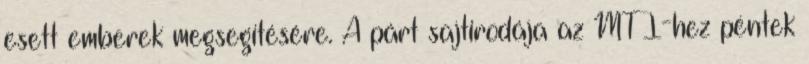
esett emberek megsegítésére. A párt sajtirodája az MTI-hez péntek